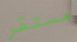
مستقر